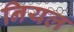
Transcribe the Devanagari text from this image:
नियल